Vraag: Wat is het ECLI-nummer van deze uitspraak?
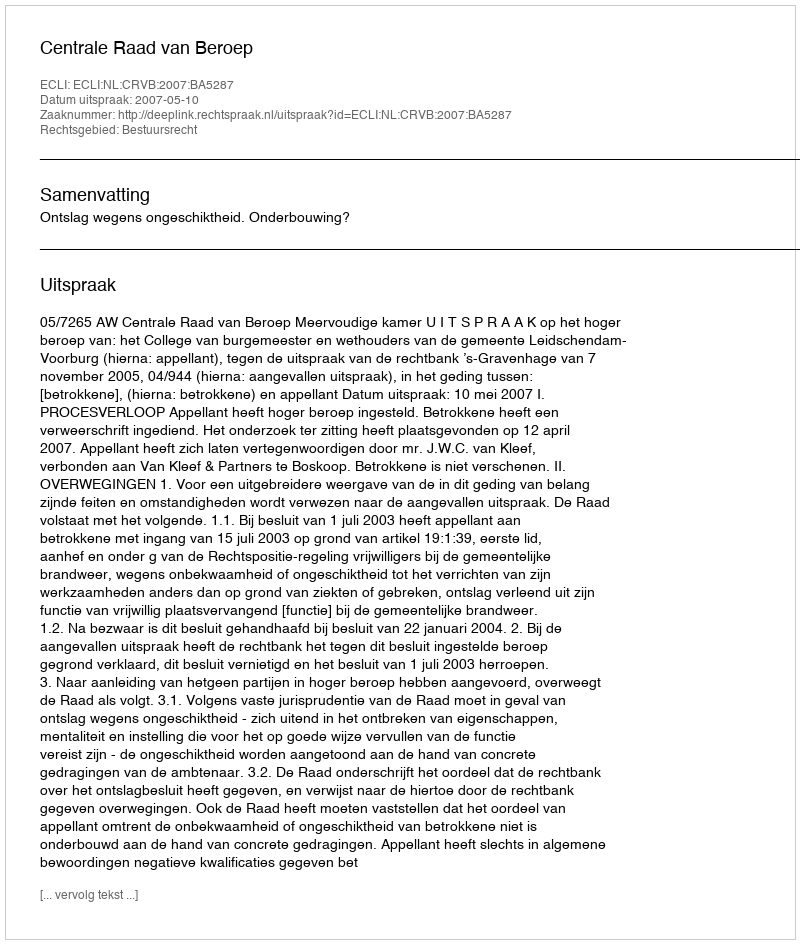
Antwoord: ECLI:NL:CRVB:2007:BA5287